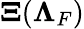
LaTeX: {\mathbf\Xi}({\mathbf\Lambda}_{F})